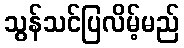
သွန်သင်ပြလိမ့်မည်